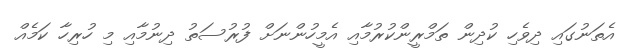
އެތަނުގައި ދިވެހި ކުދިން ތަމްރީންކުރުމާއި އެމީހުންނަށް ފުރުސަތު ދިނުމާއި މި ހުރިހާ ކަމެއް